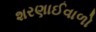
શરણાઈવાળો